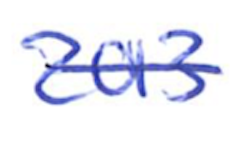
Text: 2013
Cross-out: single-line
Writing tool: ballpoint